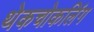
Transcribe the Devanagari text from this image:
थेकचोकलिंग